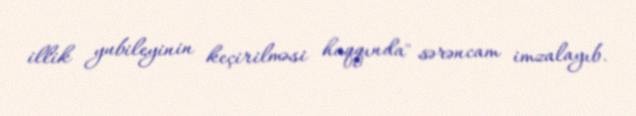
illik yubileyinin keçirilməsi haqqında" sərəncam imzalayıb.